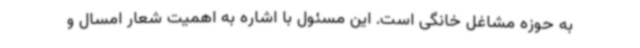
به حوزه مشاغل خانگی است. این مسئول با اشاره به اهمیت شعار امسال و